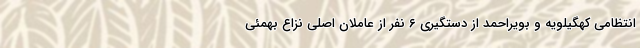
انتظامی کهگیلویه و بویراحمد از دستگیری ۶ نفر از عاملان اصلی نزاع بهمئی